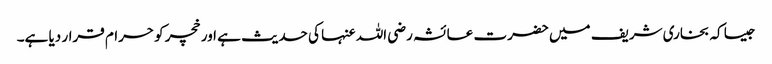
جیسا کہ بخاری شریف میں حضرت عائشہ رضی اللہ عنہا کی حدیث ہے اور خچر کو حرام قرار دیا ہے۔